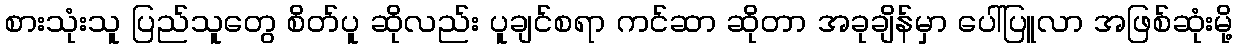
စားသုံးသူ ပြည်သူတွေ စိတ်ပူ ဆိုလည်း ပူချင်စရာ ကင်ဆာ ဆိုတာ အခုချိန်မှာ ပေါ်ပြူလာ အဖြစ်ဆုံးမို့